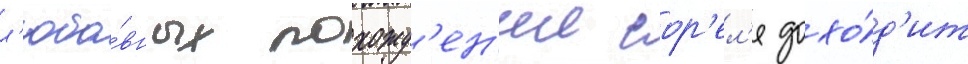
л'юбо́вных похожд'ен'ии сор'ел'я дохо́д'ит